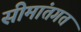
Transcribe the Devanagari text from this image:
सीमांतगत